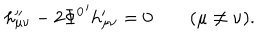
h _ { \mu \nu } ^ { \prime \prime } - 2 { \Phi ^ { 0 } } ^ { \prime } h _ { \mu \nu } ^ { \prime } = 0 \qquad ( \mu \neq \nu ) .